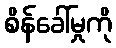
စိန်ခေါ်မှုကို